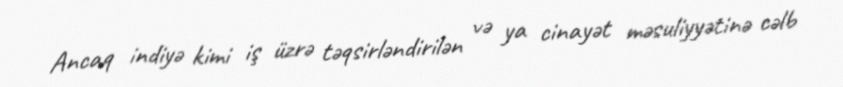
Ancaq indiyə kimi iş üzrə təqsirləndirilən və ya cinayət məsuliyyətinə cəlb